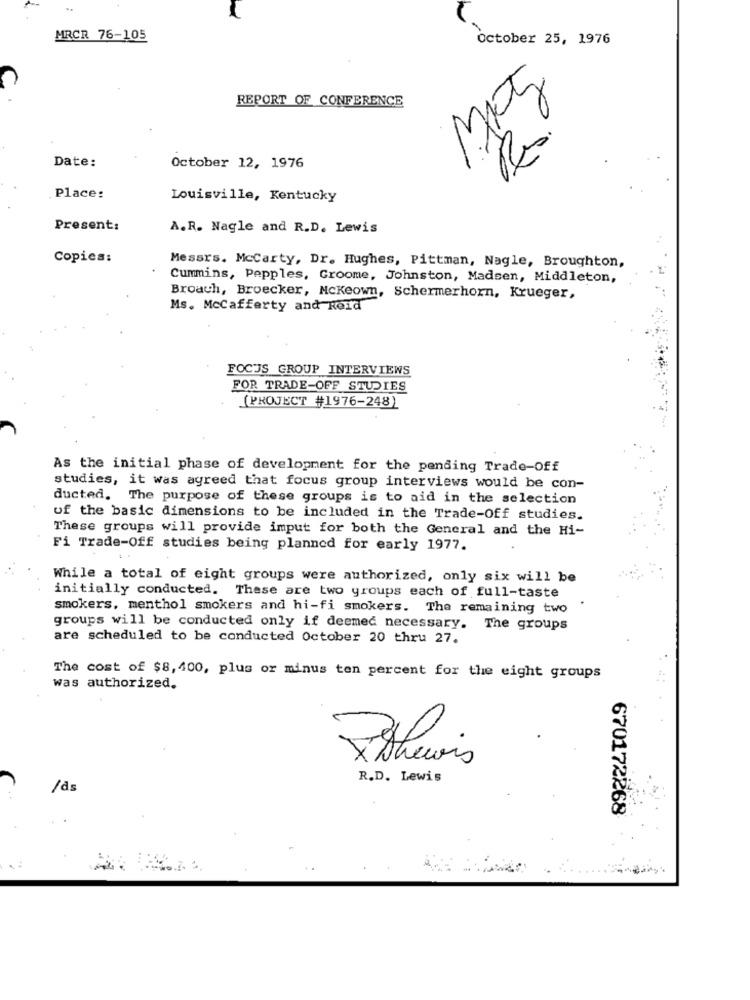
MRCR 76-105
October 25, 1976
REPORT OF CONFERENCE
0
W
Date:
October 12, 1976
Place:
Louisville, Kentucky
Present:
A.R. Nagle and R.D. Lewis
Copies:
Messrs. Mccarty, Dr. Hughes, Pittman, Nagle, Broughton,
. .
Cummins, Pepples, Groome, Johnston, Madsen, Middleton,
Broach, Broecker, Mckeown, Schermerhorn, Krueger,
Ms. Mccafferty and Roid
FOCUS GROUP INTERVIEWS
FOR TRADE-OFF STUDIES
(PROJECT #1976-248)
As the initial phase of development for the pending Trade-Off
studies, it was agreed that focus group interviews would be con-
ducted. The purpose of these groups is to aid in the selection
of the basic dimensions to be included in the Trade-Off studies.
These groups will provide imput for both the General and the Hi-
Fi Trade-Off studies being planned for early 1977.
While a total of eight groups were authorized, only six will be
initially conducted. These are two groups each of full-taste
smokers, menthol smokers and hi-fi smokers. The remaining two
groups will be conducted only if deemed necessary. The groups
are scheduled to be conducted October 20 thru 27.
The cost of $8, 400, plus or minus ten percent for the eight groups
was authorized.
Dithewis
R.D. Lewis
670172268